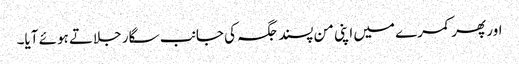
اور پھر کمرے میں اپنی من پسند جگہ کی جانب سگار جلاتے ہوئے آیا۔